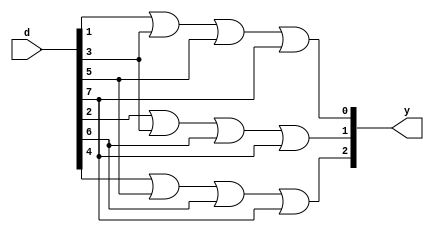
module binary_encoder(input [7:0] d,output  [2:0] y);
  assign y[0]=d[1]|d[3]|d[5]|d[7];
  assign y[1]=d[2]|d[3]|d[6]|d[7];
  assign y[2]=d[4]|d[5]|d[6]|d[7];
endmodule